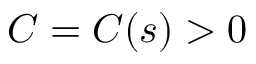
C = C ( s ) > 0